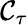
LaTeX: \mathcal{C}_{\tau}